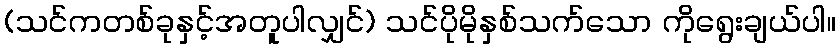
(သင်ကတစ်ခုနှင့်အတူပါလျှင်) သင်ပိုမိုနှစ်သက်သော ကိုရွေးချယ်ပါ။